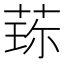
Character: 𬝍